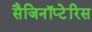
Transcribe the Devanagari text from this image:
सैजिनॉप्टेरिस